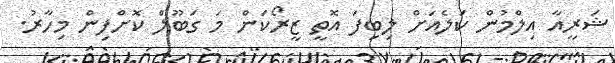
ޝަރީއާ އިލްމުން ކަލެއަށް ލިބިފަ އޮތީ ޒީރޯކަން މަ ގަބޫލް ކޮށްފިން މިހާރު.